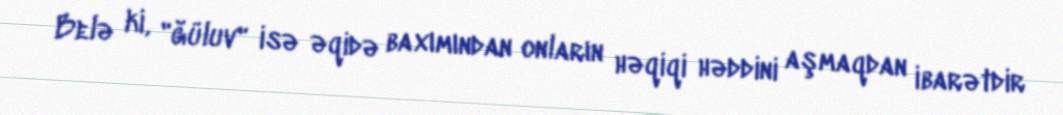
Belə ki, "ğüluv" isə əqidə baxımından onların həqiqi həddini aşmaqdan ibarətdir